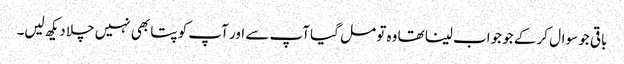
باقی جو سوال کر کے جو جواب لینا تھا وہ تو مل گیا آپ سے اور آپ کو پتا بھی نہیں چلا دیکھ لیں۔